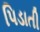
પિડાતી